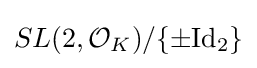
SL(2,{\mathcal {O}}_{K})/\{\pm {\text{Id}}_{2}\}